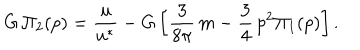
LaTeX: G \, \Pi _ { 2 } ( p ) = \frac { u } { u ^ { * } } - G \left[ \frac { 3 } { 8 \pi } \, m - \frac { 3 } { 4 } \, p ^ { 2 } \Pi _ { 1 } ( p ) \right] .